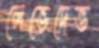
লেভেদেভ